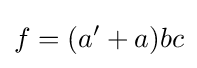
f=(a'+a)bc